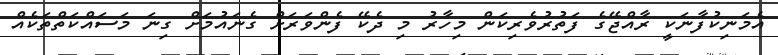
އެމަނިކުފާނަކީ ރާއްޖޭގެ ފަތުރުވެރިކަން މިހާރު މި ދެކޭ ފެންވަރަށް ގެނައުމަށް ގިނަ މަސައްކަތްތަކެއް